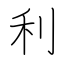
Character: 利